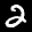
Label: 2